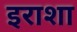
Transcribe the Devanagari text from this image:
इराशा